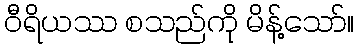
ဝီရိယဿ စသည်ကို မိန့်သော်။